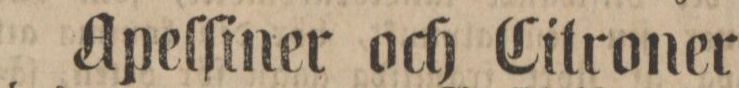
Apelſiner och Citroner